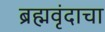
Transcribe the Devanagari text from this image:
ब्रह्मवृंदाचा